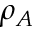
\rho _ { A }